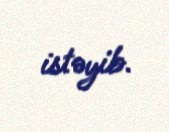
istəyib.